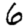
Digit: 6